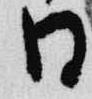
日